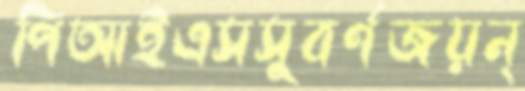
পিআইএসসুবর্ণজয়ন্